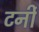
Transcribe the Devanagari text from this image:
टर्नी